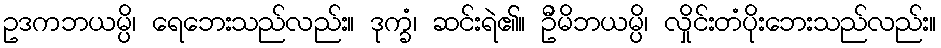
ဥဒကဘယမ္ပိ၊ ရေဘေးသည်လည်း။ ဒုက္ခံ၊ ဆင်းရဲ၏။ ဦမိဘယမ္ပိ၊ လှိုင်းတံပိုးဘေးသည်လည်း။